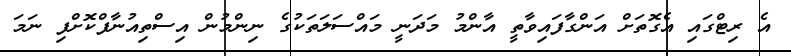
އެ ރިޓްގައި އެގޮތަށް އަންގާފައިވާތީ އާންމު މަދަނީ މައްސަލަތަކުގެ ނިންމުން އިސްތިއުނާފްކޮށްފި ނަމަ